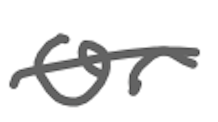
Text: or
Cross-out: single-line
Writing tool: digital_gray